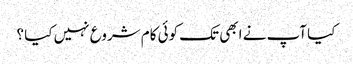
کیا آپ نے ابھی تک کوئی کام شروع نہیں کیا ؟